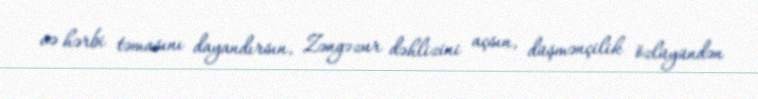
və hərbi təmasını dayandırsın, Zəngəzur dəhlizini açsın, düşmənçilik özlüyündən